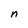
Character: n